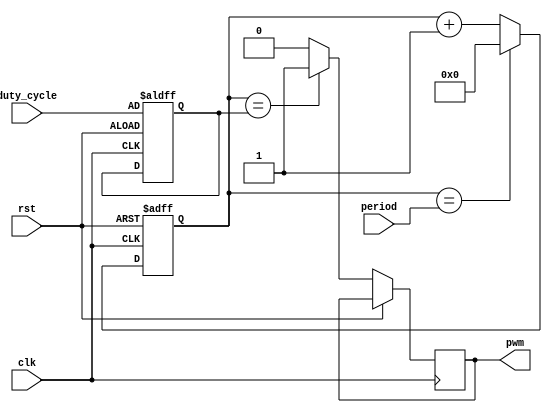
module pwm_timer (
    input wire clk,
    input wire rst,
    input wire [7:0] period,
    input wire [7:0] duty_cycle,
    output reg pwm
);

reg [7:0] counter;
reg [7:0] compare_val;

always @(posedge clk or posedge rst) begin
    if (rst) begin
        counter <= 8'h00;
        compare_val <= duty_cycle;
    end else begin
        if (counter == period) begin
            counter <= 8'h00;
        end else begin
            counter <= counter + 1;
        end
        
        if (counter == compare_val) begin
            pwm <= 1;
        end else begin
            pwm <= 0;
        end
    end
end

endmodule